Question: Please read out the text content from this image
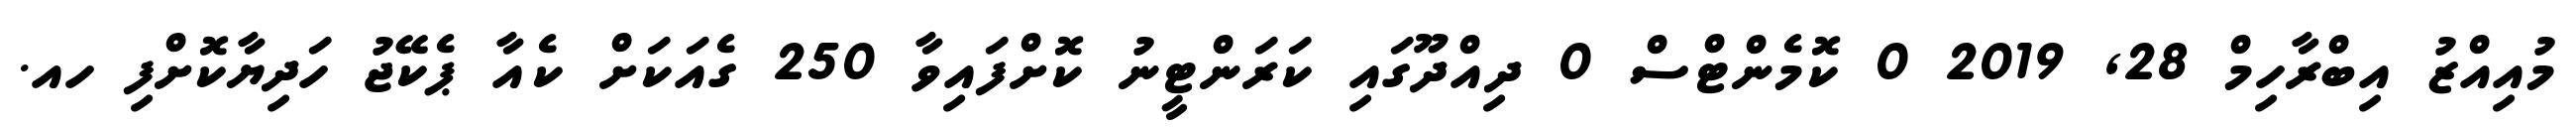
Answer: މުއިއްޒު އިބްރާހިމް 28, 2019 0 ކޮމެންޓްސް 0 ދިއްދޫގައި ކަރަންޓީނު ކޮށްފައިވާ 250 ގެއަކަށް ކެއާ ޕެކޭޖު ހަދިޔާކޮށްފި ހއ.